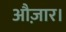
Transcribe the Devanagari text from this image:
औज़ार।